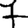
Digit: 7